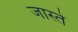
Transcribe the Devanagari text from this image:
जास्ते